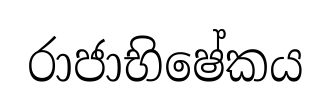
රාජාභිෂේකය